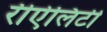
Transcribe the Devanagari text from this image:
रीऐलिटी